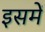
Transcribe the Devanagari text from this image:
इसमेें